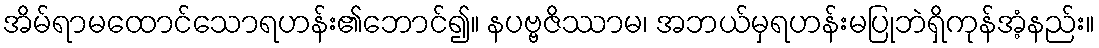
အိမ်ရာမထောင်သောရဟန်း၏ဘောင်၍။ နပဗ္ဗဇိဿာမ၊ အဘယ်မှရဟန်းမပြုဘဲရှိကုန်အံ့နည်း။